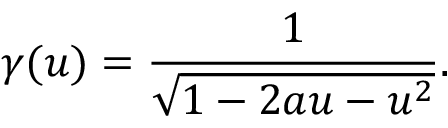
\gamma ( u ) = \frac { 1 } { \sqrt { 1 - 2 a u - u ^ { 2 } } } .